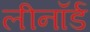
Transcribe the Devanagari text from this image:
लीनॉर्ड